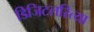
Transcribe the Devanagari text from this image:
डिजिटलरित्या